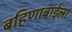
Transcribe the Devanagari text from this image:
बहिणाबाईला